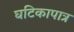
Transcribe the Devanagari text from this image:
घटिकापात्र